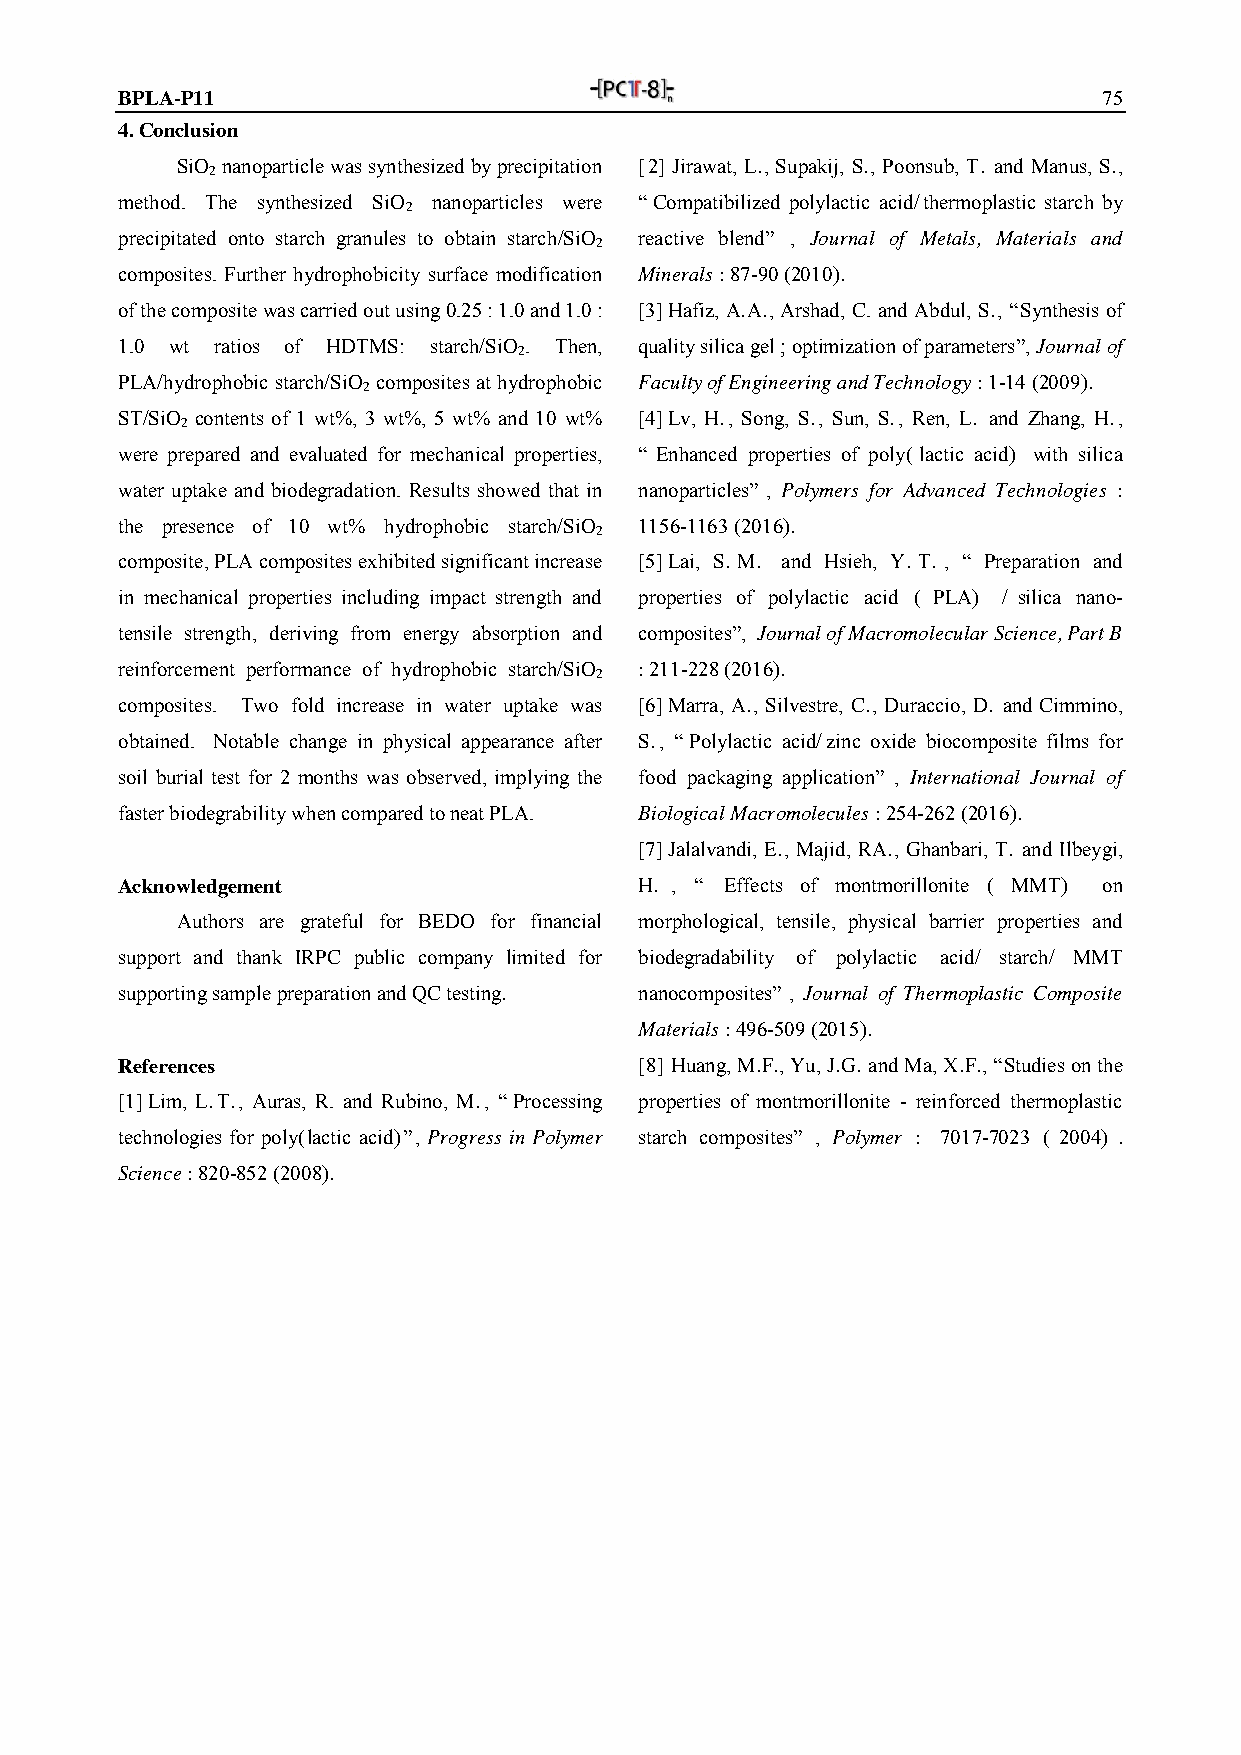
BPLA-P11                                                         75
 4. Conclusion
 SiO nanoparticle was synthesized by precipitation [2] Jirawat, L., Supakij, S., Poonsub, T. and Manus, S.,
 2
 method. The synthesized SiO nanoparticles were “Compatibilized polylactic acid/thermoplastic starch by
 2
 precipitated onto starch granules to obtain starch/SiO reactive blend” , Journal of Metals, Materials and
 2
 composites. Further hydrophobicity surface modification Minerals : 87-90 (2010).
 of the composite was carried out using 0.25 : 1.0 and 1.0 : [3] Hafiz, A.A., Arshad, C. and Abdul, S., “Synthesis of
 1.0 wt ratios of HDTMS: starch/SiO . Then, quality silica gel ; optimization of parameters”, Journal of
 2
 PLA/hydrophobic starch/SiO composites at hydrophobic Faculty of Engineering and Technology : 1-14 (2009).
 2
 ST/SiO contents of 1 wt%, 3 wt%, 5 wt% and 10 wt% [4] Lv, H., Song, S., Sun, S., Ren, L. and Zhang, H.,
 2
 were prepared and evaluated for mechanical properties, “ Enhanced properties of poly( lactic acid) with silica
 water uptake and biodegradation. Results showed that in nanoparticles” , Polymers for Advanced Technologies :
 the presence of 10 wt% hydrophobic starch/SiO 1156-1163 (2016).
 2
 composite, PLA composites exhibited significant increase [5] Lai, S. M. and Hsieh, Y. T. , “ Preparation and
 in mechanical properties including impact strength and properties of polylactic acid ( PLA) / silica nano-
 tensile strength, deriving from energy absorption and composites”, Journal of Macromolecular Science, Part B
 reinforcement performance of hydrophobic starch/SiO : 211-228 (2016).
 2
 composites. Two fold increase in water uptake was [6] Marra, A., Silvestre, C., Duraccio, D. and Cimmino,
 obtained. Notable change in physical appearance after S., “ Polylactic acid/zinc oxide biocomposite films for
 soil burial test for 2 months was observed, implying the food packaging application” , International Journal of
 faster biodegrability when compared to neat PLA. Biological Macromolecules : 254-262 (2016).
 [7] Jalalvandi, E., Majid, RA., Ghanbari, T. and Ilbeygi,
 Acknowledgement                   H. , “ Effects of montmorillonite ( MMT) on
 Authors are grateful for BEDO for financial morphological, tensile, physical barrier properties and
 support and thank IRPC public company limited for biodegradability of polylactic acid/ starch/ MMT
 supporting sample preparation and QC testing. nanocomposites” , Journal of Thermoplastic Composite
 Materials : 496-509 (2015).
 References                        [8] Huang, M.F., Yu, J.G. and Ma, X.F., “Studies on the
 [1] Lim, L.T., Auras, R. and Rubino, M., “Processing properties of montmorillonite - reinforced thermoplastic
 technologies for poly(lactic acid)”, Progress in Polymer starch composites” , Polymer : 7017-7023 ( 2004) .
 Science : 820-852 (2008).